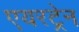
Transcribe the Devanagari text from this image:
एयरट्रेन